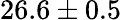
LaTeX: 26.6\pm 0.5